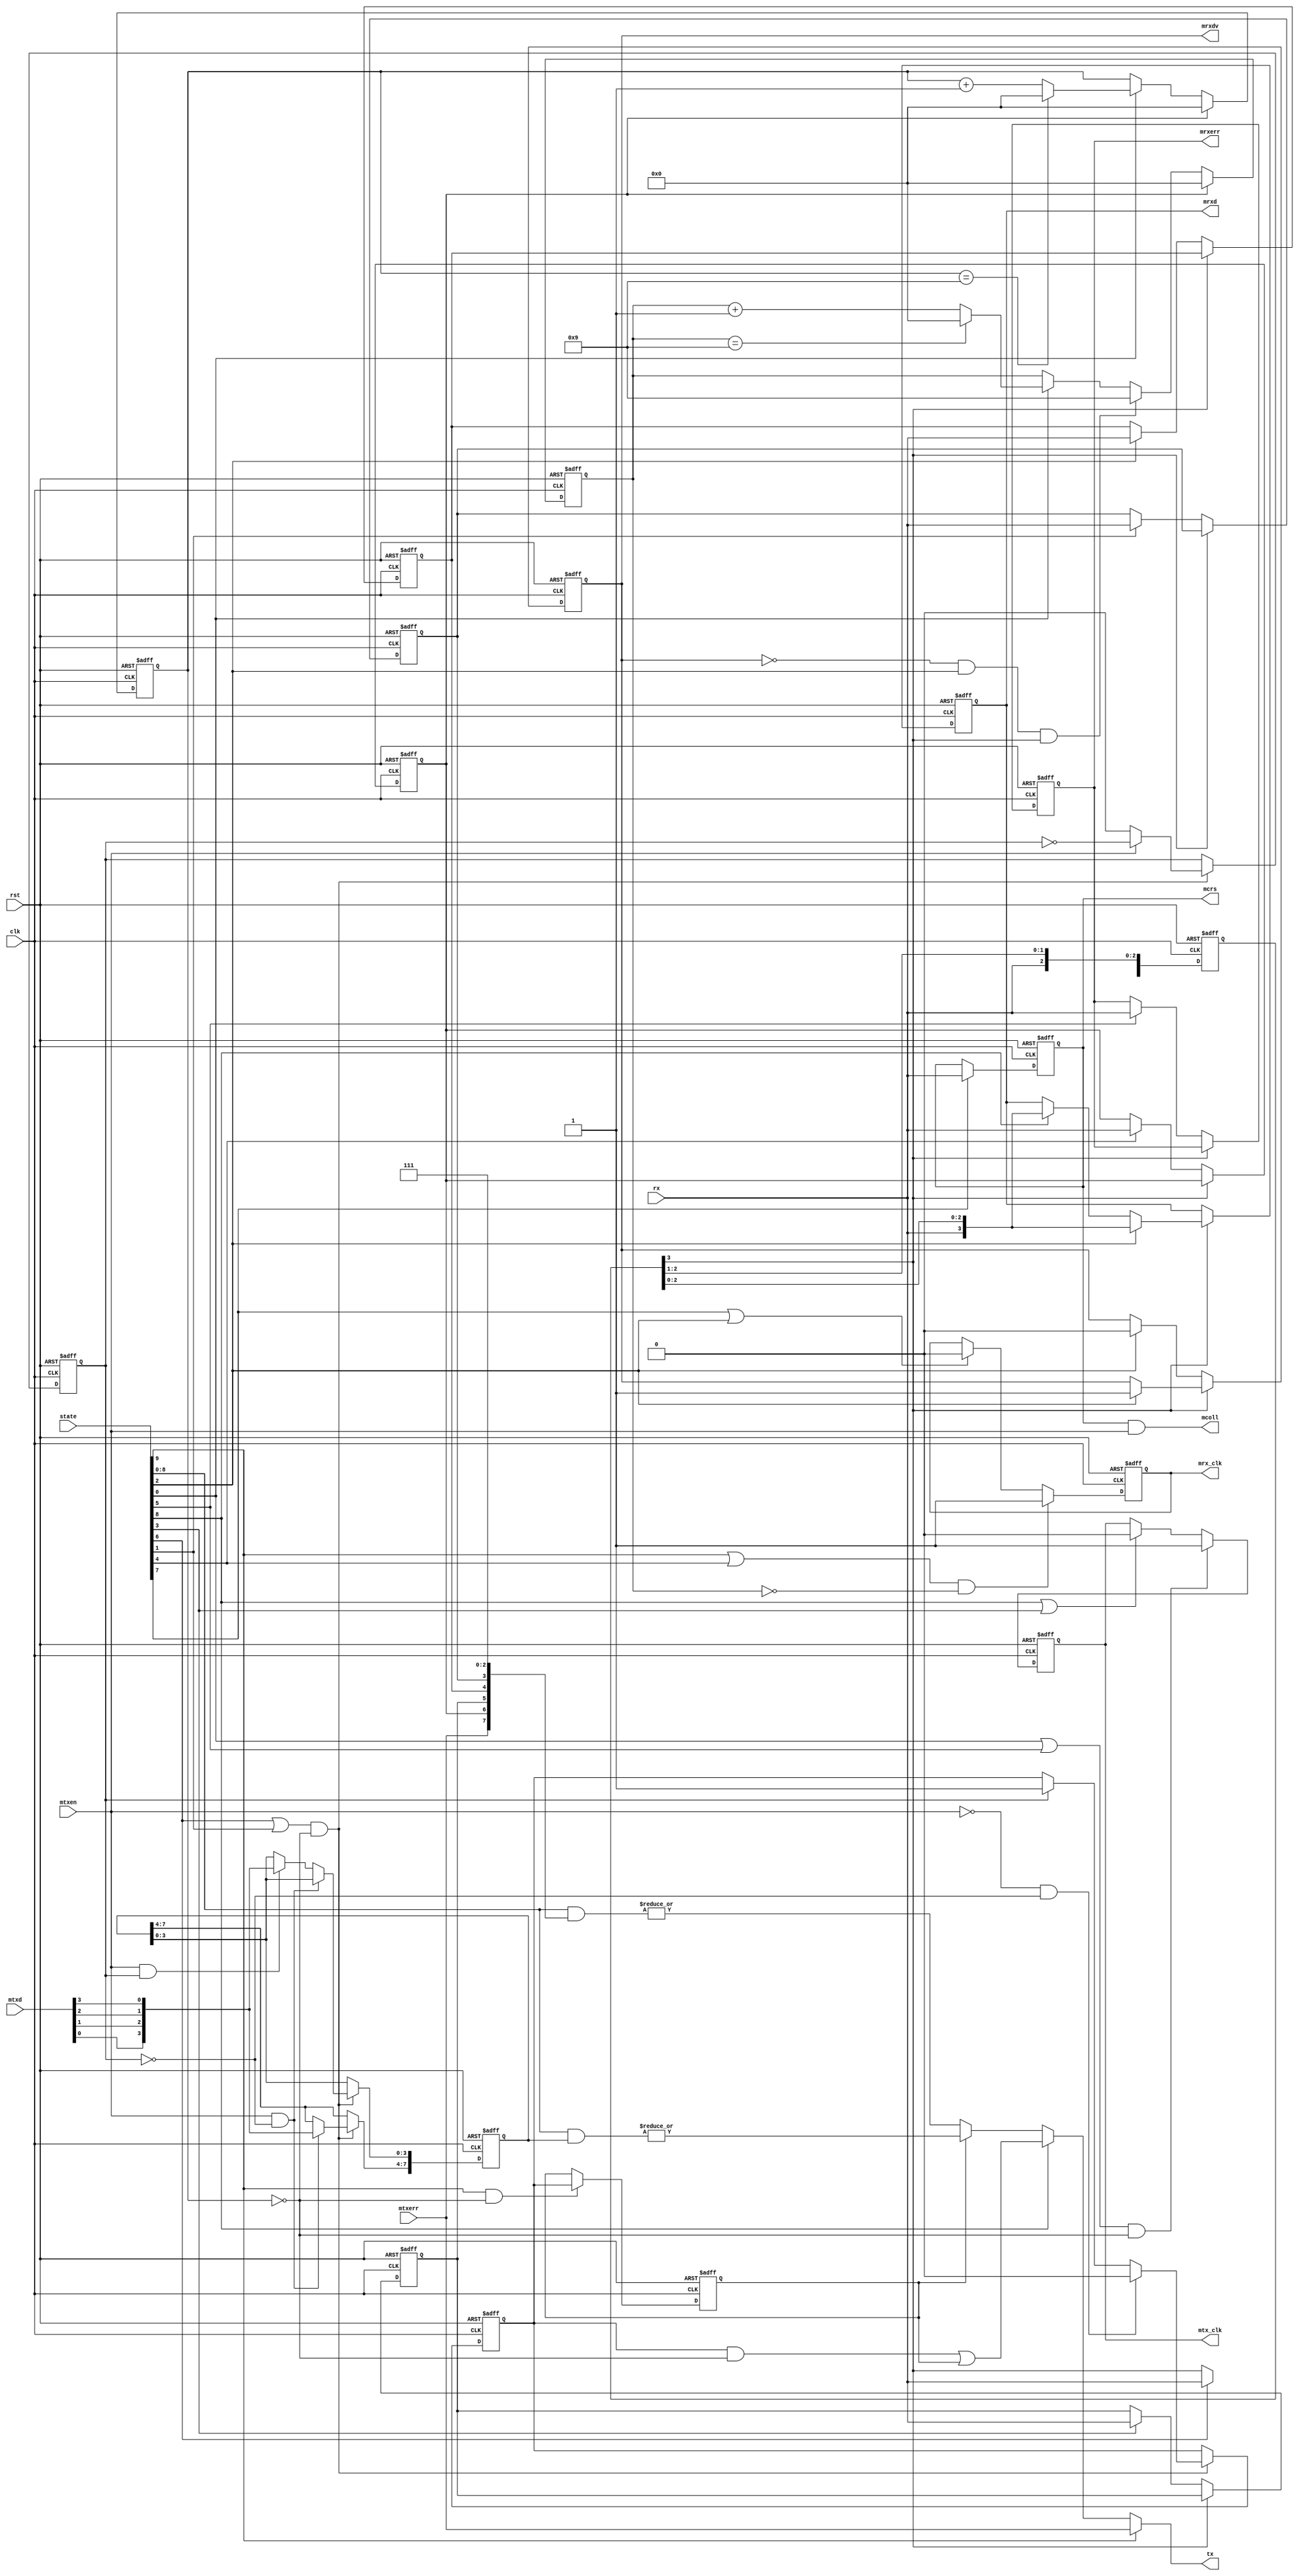
//////////////////////////////////////////////////////////////////////
////                                                              ////
////  SMII                                                        ////
////                                                              ////
////  Description                                                 ////
////  Low pin count serial MII ethernet interface                 ////
////                                                              ////
////  To Do:                                                      ////
////   -                                                          ////
////                                                              ////
////  Author(s):                                                  ////
////      - Michael Unneback, unneback@opencores.org              ////
////        ORSoC AB          michael.unneback@orsoc.se           ////
////                                                              ////
//////////////////////////////////////////////////////////////////////
////                                                              ////
//// Copyright (C) 2009 Authors and OPENCORES.ORG                 ////
////                                                              ////
//// This source file may be used and distributed without         ////
//// restriction provided that this copyright statement is not    ////
//// removed from the file and that any derivative work contains  ////
//// the original copyright notice and the associated disclaimer. ////
////                                                              ////
//// This source file is free software; you can redistribute it   ////
//// and/or modify it under the terms of the GNU Lesser General   ////
//// Public License as published by the Free Software Foundation; ////
//// either version 2.1 of the License, or (at your option) any   ////
//// later version.                                               ////
////                                                              ////
//// This source is distributed in the hope that it will be       ////
//// useful, but WITHOUT ANY WARRANTY; without even the implied   ////
//// warranty of MERCHANTABILITY or FITNESS FOR A PARTICULAR      ////
//// PURPOSE.  See the GNU Lesser General Public License for more ////
//// details.                                                     ////
////                                                              ////
//// You should have received a copy of the GNU Lesser General    ////
//// Public License along with this source; if not, download it   ////
//// from http://www.opencores.org/lgpl.shtml                     ////
////                                                              ////
//////////////////////////////////////////////////////////////////////
module smii_txrx
  (
   // SMII
    output     tx,
    input      rx,
   // MII
   // TX
    input [3:0] mtxd,
    input 	mtxen,
    input 	mtxerr,
    output 	mtx_clk,
   // RX
    output reg [3:0] mrxd,
    output reg	 mrxdv,
    output reg	 mrxerr,
    output  	 mrx_clk,
    output 	 mcoll,
    output reg	 mcrs,
`ifdef SMII_SPEED
    output reg	 speed,
`endif
`ifdef SMII_DUPLEX
    output reg	 duplex,
`endif
`ifdef SMII_LINK
    output reg	 link,
`endif
   // internal
    input [1:10] state,
   // clock and reset
    input 	 clk,
    input 	 rst
   );

   reg [0:7]		 tx_data_reg;
   reg 			 tx_data_reg_valid;
   reg 			 a0;
   reg 			 state_data;

   reg [3:0] 	 rx_tmp;
   
`ifndef SMII_SPEED
   reg 		 speed;
`endif   
`ifndef SMII_DUPLEX
   reg 		 duplex;
`endif
`ifndef SMII_LINK
   reg 		 link;
`endif
   reg 		 jabber;

   reg 		 mtx_clk_tmp, mrx_clk_tmp;

   reg [3:0] 	 tx_cnt;
   reg [3:0] 	 rx_cnt;
   
   /////////////////////////////////////////////////
   // Speed

   always @ (posedge clk or posedge rst)
     if (rst)
       tx_cnt <= 4'd0;
     else
       if (speed)
	 tx_cnt <= 4'd0;
       else if (state[10])
	 if (tx_cnt == 4'd9)
	   tx_cnt <= 4'd0;
	 else
	   tx_cnt <= tx_cnt + 4'd1;
   
   /////////////////////////////////////////////////
   // Transmit
      
     always @ (posedge clk or posedge rst)
     if (rst)
       mtx_clk_tmp <= 1'b0;
     else
       if ((state[10] | state[5]) & (tx_cnt == 4'd0))
	 mtx_clk_tmp <= 1'b1;
       else if (state[2] | state[7])
	 mtx_clk_tmp <= 1'b0;

`ifdef ACTEL
   gbuf bufg1
     (
      .CLK(mtx_clk_tmp),
      .GL(mtx_clk)
      );
`else
   assign #1 mtx_clk = mtx_clk_tmp;
`endif

   // storage of data from MII
   always @ (posedge clk or posedge rst)
     if (rst)
       begin
	  tx_data_reg <= 8'd0;
	  tx_data_reg_valid <= 1'b0;
	  a0 <= 1'b0;
       end
     else
       if ((state[4] | state[9]) & (tx_cnt == 4'd0))
	 begin
	    if (!mtxen)
	      a0 <= 1'b0;
	    else
	      a0 <= ~a0;
	    if (!mtxen & !a0)
	      tx_data_reg_valid <= 1'b0;	    
	    else if (a0)
	      tx_data_reg_valid <= 1'b1;
	    if (mtxen & !a0)
	      tx_data_reg[0:3] <= {mtxd[0],mtxd[1],mtxd[2],mtxd[3]};
	    else if (mtxen & a0)
	      tx_data_reg[4:7] <= {mtxd[0],mtxd[1],mtxd[2],mtxd[3]};
	 end // if ((state[4] | state[9]) & (tx_cnt == 4'd0))
   

   // state flag
   always @ (posedge clk or posedge rst)
     if (rst)
       state_data <= 1'b0;
     else
       if (state[1] & (tx_cnt == 4'd0))
	 state_data <= tx_data_reg_valid;

   assign tx = state[1] ? mtxerr :
	       state[2] ? ((tx_data_reg_valid & (tx_cnt == 4'd0)) | state_data) :
	       state_data ? |(state[2:10] & tx_data_reg) :
	       |(state[2:10] & {mtxerr,speed,duplex,link,jabber,3'b111});

   /////////////////////////////////////////////////
   // Receive

   always @ (posedge clk or posedge rst)
     if (rst)
       rx_cnt <= 4'd0;
     else
       if (speed)
	 rx_cnt <= 4'd0;
       else if (!mrxdv & state[8] & rx_tmp[3])
	 rx_cnt <= 4'd9;
       else if (state[10])
	 if (rx_cnt == 4'd9)
	   rx_cnt <= 4'd0;
	 else
	   rx_cnt <= rx_cnt + 4'd1;
   
   always @ (posedge clk or posedge rst)
     if (rst)
       begin
	  {mcrs, mrxdv, mrxerr, speed, duplex, link, jabber} <= 7'b0001110;
	  rx_tmp <= 4'h0;	  
	  mrxd <= 4'h0;
       end
     else
       begin
	  rx_tmp[2:0] <= {rx,rx_tmp[2:1]};
	  if (state[3])
	    mcrs <= rx;	  
	  if (state[4])
	    rx_tmp[3] <= rx;
	  if (rx_tmp[3]) //rxdv
	    begin
	       if (state[8])
		 {mrxdv,mrxd} <= #1 {rx_tmp[3],rx,rx_tmp[2:0]};
	       else if (state[2])
		 mrxd <= #1 {rx,rx_tmp[2:0]};
	    end
	  else
	    begin
	       if (state[5])
		 mrxerr <= #1 rx;
	       if (state[6])
		 speed <= #1 rx;
	       if (state[7])
		 duplex <= #1 rx;
	       if (state[8])
		 begin
		    link <= #1 rx;
		    mrxdv <= #1 1'b0;
		 end
	       if (state[9])
		 jabber <= #1 rx;
	    end
       end // else: !if(rst)
   
   always @ (posedge clk or posedge rst)
     if (rst)
       mrx_clk_tmp <= 1'b0;
     else
       if ((state[1] | state[6]) & (rx_cnt == 4'd0))
	 mrx_clk_tmp <= 1'b1;
       else if (state[3] | state[8])
	 mrx_clk_tmp <= 1'b0;

`ifdef ACTEL
   gbuf bufg2
     (
      .CLK(mrx_clk_tmp),
      .GL(mrx_clk)
      );
`else
   assign #1 mrx_clk = mrx_clk_tmp;
`endif
   
   assign mcoll = mcrs & mtxen;
   
endmodule // smii_top